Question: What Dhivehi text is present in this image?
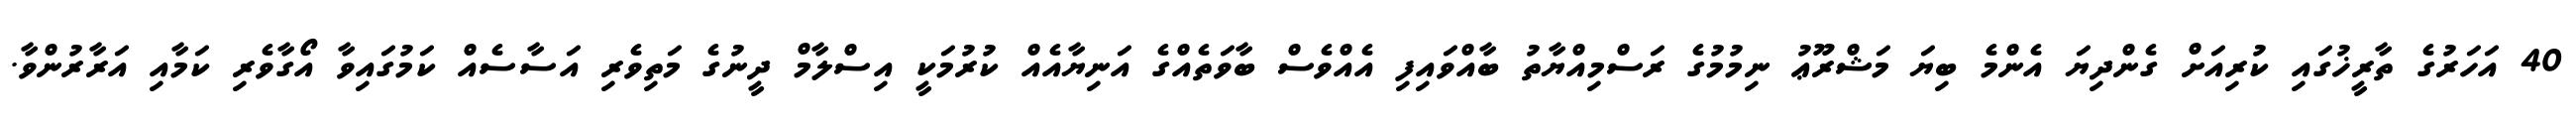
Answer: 40 އަހަރުގެ ތާރީޚުގައި ކުރިއަށް ގެންދިޔަ އެންމެ ބިޔަ މަޝްރޫޢު ނިމުމުގެ ރަސްމިއްޔާތު ބާއްވައިފި އެއްވެސް ބާވަތެއްގެ އަނިޔާއެއް ކުރުމަކީ އިސްލާމް ދީނުގެ މަތިވެރި އަސާސެއް ކަމުގައިވާ އޯގާވެރި ކަމާއި އަރާރުންވާ.